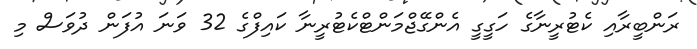
ރަންބީރާއި ކެޓުރީނާގެ ހަގީގީ އެންގޭޖްމަންޓްކެޓުރީނާ ކައިފްގެ 32 ވަނަ އުފަން ދުވަސް މި